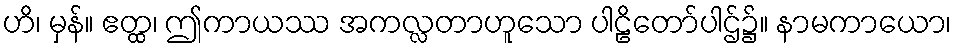
ဟိ၊ မှန်။ ဧတ္ထ၊ ဤကာယဿ အကလ္လတာဟူသော ပါဠိတော်ပါဌ်၌။ နာမကာယော၊